Indian journal of veterinary science and animal husbandry - Volumes 15-17, 1948-1951
Year: 1948
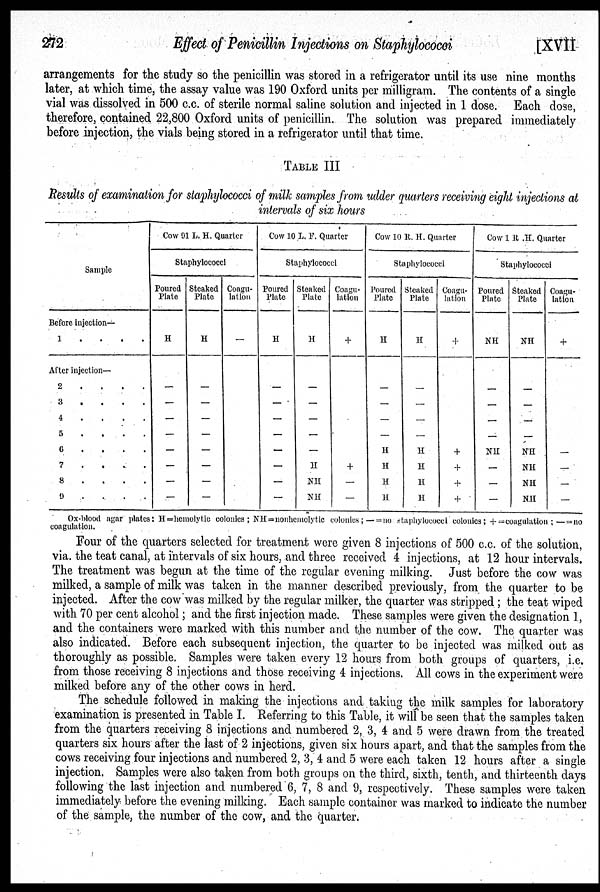
272
Effect of Penicillin Injections on Staphylococci
[XVII
arrangements for the study so the penicillin was stored in a refrigerator until its use nine months
later, at which time, the assay value was 190 Oxford units per milligram. The contents of a single
vial was dissolved in 500 c.c. of sterile normal saline solution and injected in 1 dose. Each dose,
therefore, contained 22,800 Oxford units of penicillin. The solution was prepared immediately
before injection, the vials being stored in a refrigerator until that time.
TABLE III
Results of examination for staphylococci of milk samples from udder quarters receiving eight injections
intervals of six hours
Sample
Before injection—
1 . . . .
After injection—
2 . . . .
3 . . . .
4 . . . .
5 . . . .
6 . . . .
7 . . . .
8 . . . .
9 . . . .
Cow 91 L. H. Quarter
Staphylococci
Poured
Plate
H
—
—
—
—
—
—
—
—
Steaked
Plate
H
—
—
—
—
—
—
—
—
Coagu-
lation
—
Cow 10 L. F. Quarter
Staphylococci
Poured
Plate
H
—
—
—
—
—
—
—
—
Steaked
Plate
H
—
—
—
—
—
H
NH
NH
Coagu-
lation
+
+
—
—
Cow 10 R. H. Quarter
Staphylococci
Poured
Plate
H
—
—
—
—
H
H
H
H
Steaked
Plate
H
—
—
—
—
—
H
H
H
H
Coagu-
lation
+
+
+
+
+
Cow 1 R .H. Quarter
Staphylococci
Poured
Plato
NH
—
—
—
—
—
NH
—
—
—
Steaked
Plate
NH
—
—
—
—
NH
NH
NH
NH
Coagu-
lation
+
—
—
—
—
Ox-blood agar plates: H=hemolytic colonics; NH=nonhemolytic colonics;— = no staphylococci colonies; +=coagulation; —=no
coagulation.
Four of the quarters selected for treatment were given 8 injections of 500 c.c. of the solution,
via. the teat canal, at intervals of six hours, and three received 4 injections, at 12 hour intervals.
The treatment was begun at the time of the regular evening milking. Just before the cow was
milked, a sample of milk was taken in the manner described previously, from the quarter to be
injected. After the cow was milked by the regular milker, the quarter was stripped; the teat wiped
with 70 per cent alcohol; and the first injection made. These samples were given the designation 1,
and the containers were marked with this number and the number of the cow. The quarter was
also indicated. Before each subsequent injection, the quarter to be injected was milked out as
thoroughly as possible. Samples were taken every 12 hours from both groups of quarters, i.e.
from those receiving 8 injections and those receiving 4 injections. All cows in the experiment were
milked before any of the other cows in herd.
The schedule followed in making the injections and taking the milk samples for laboratory
examination is presented in Table I. Referring to this Table, it will be seen that the samples taken
from the quarters receiving 8 injections and numbered 2, 3, 4 and 5 were drawn from the treated
quarters six hours after the last of 2 injections, given six hours apart, and that the samples from the
cows receiving four injections and numbered 2, 3, 4 and 5 were each taken 12 hours after a single
injection. Samples were also taken from both groups on the third, sixth, tenth, and thirteenth days
following the last injection and numbered 6, 7, 8 and. 9, respectively. These samples were taken
immediately before the evening milking. Each sample container was marked to indicate the number
of the sample, the number of the cow, and the quarter.